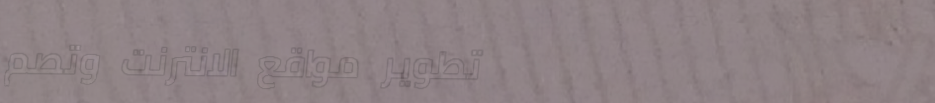
تطوير مواقع الانترنت وتصم